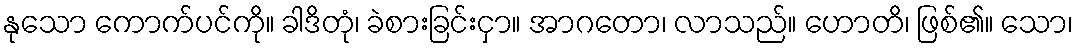
နုသော ကောက်ပင်ကို။ ခါဒိတုံ၊ ခဲစားခြင်းငှာ။ အာဂတော၊ လာသည်။ ဟောတိ၊ ဖြစ်၏။ သော၊